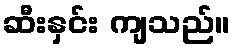
ဆီးနှင်း ကျသည်။